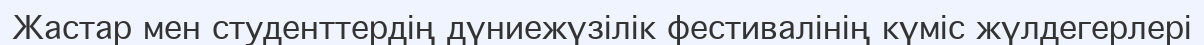
Жастар мен студенттердің дүниежүзілік фестивалінің күміс жүлдегерлері